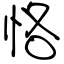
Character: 恪